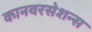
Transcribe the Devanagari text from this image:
कानवरसेशन्स